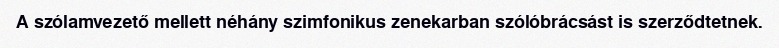
A szólamvezető mellett néhány szimfonikus zenekarban szólóbrácsást is szerződtetnek.